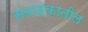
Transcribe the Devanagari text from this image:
संवाहकातील